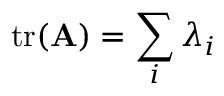
\operatorname { t r } ( \mathbf { A } ) = \sum _ { i } \lambda _ { i }